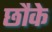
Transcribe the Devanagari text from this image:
छौके